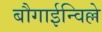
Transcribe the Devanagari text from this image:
बौगाईन्विल्ले